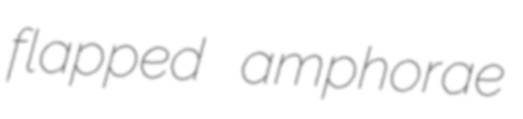
flapped amphorae